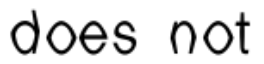
does not